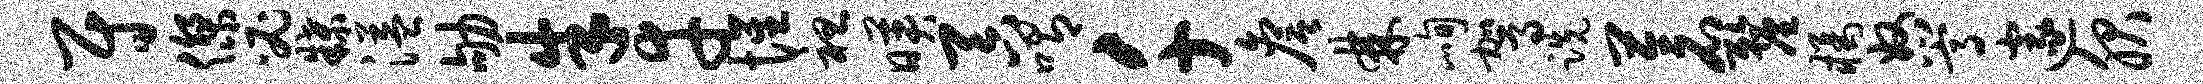
尉杰必牒溢劬朱幸惺袒映吞喟千詹棘峋驾跣苍厘橘奴嵩邃服